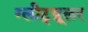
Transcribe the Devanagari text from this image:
ग्लीट्य्रूलर